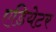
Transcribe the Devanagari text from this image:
एडियेटर